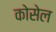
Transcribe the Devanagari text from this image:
कोसेल